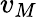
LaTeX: v_{M}